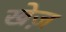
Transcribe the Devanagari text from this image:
खेज़